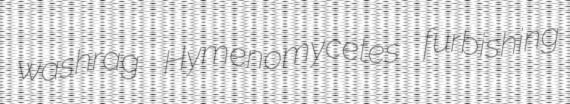
washrag Hymenomycetes furbishing